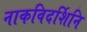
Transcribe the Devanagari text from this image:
नाकविदर्शिनि